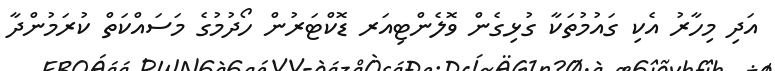
އަދި މިހާރު އެކި ގައުމުތަކާ ގުޅިގެން ވޮލެންޓިއަރ ޑޮކްޓަރުން ހޯދުމުގެ މަސައްކަތް ކުރަމުންދާ